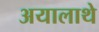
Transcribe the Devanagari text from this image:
अयालाथे